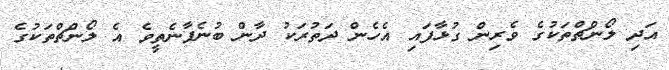
އަދި ލޯންޗްތަކުގެ ވެރިން ގުޅާފައި އެހެން ދަތުރަކު ދާން ބުނެފާނެތީވެ އެ ލޯންޗްތަކުގެ